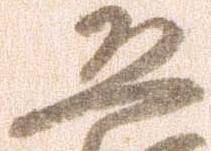
恐